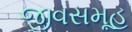
જીવસમૂહ